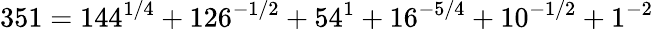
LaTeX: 351=144^{1/4}+126^{-1/2}+54^{1}+16^{-5/4}+10^{-1/2}+1^{-2}